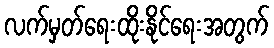
လက်မှတ်ရေးထိုးနိုင်ရေးအတွက်